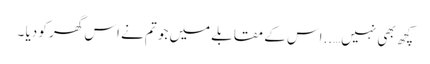
کچھ بھی نہیں…..اس کے مقابلے میں جو تم نے اس گھر کو دیا ۔